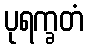
ပုရက္ခတံ